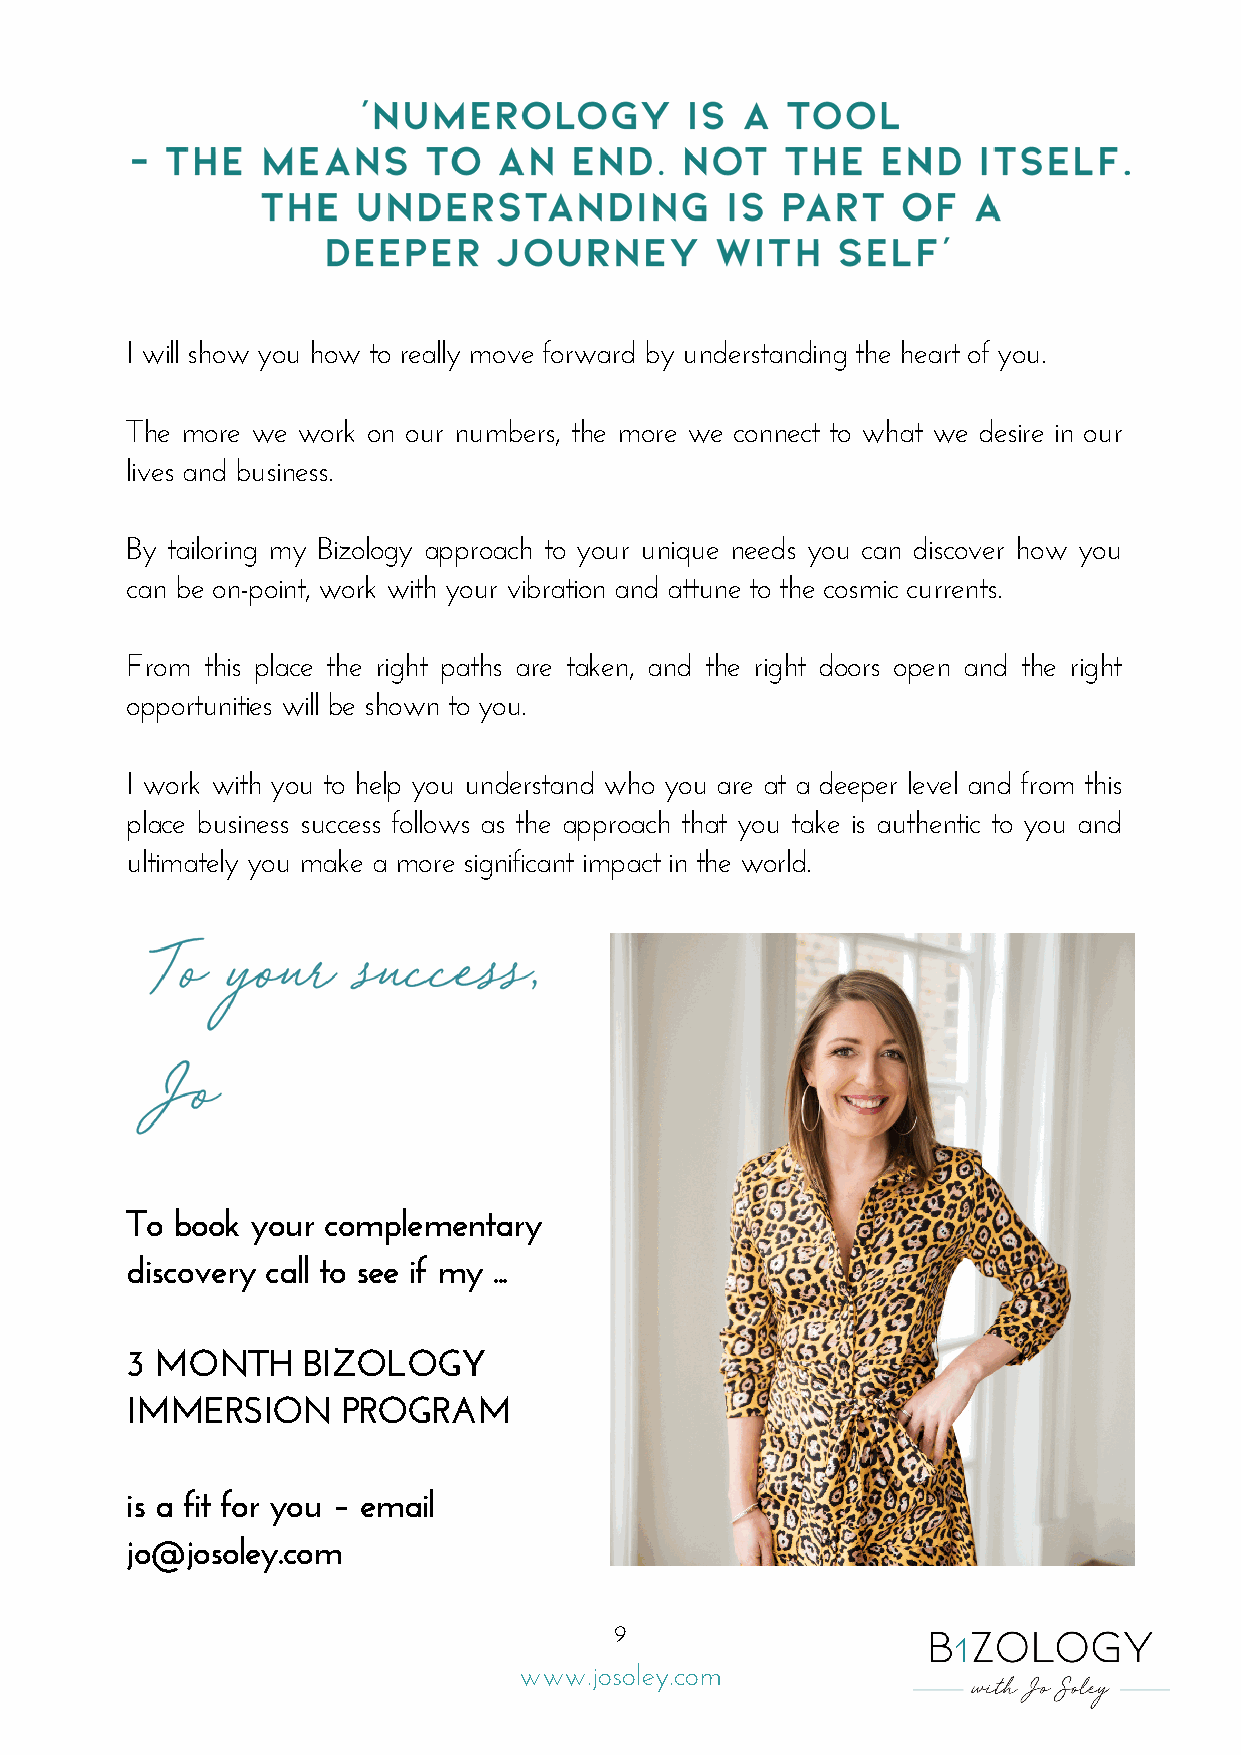
I will show you how to really move forward by understanding the heart of you.
 The more we work on our numbers, the more we connect to what we desire in our
 lives and business.
 By tailoring my Bizology approach to your unique needs you can discover how you
 can be on-point, work with your vibration and attune to the cosmic currents.
 From this place the right paths are taken, and the right doors open and the right
 opportunities will be shown to you.
 I work with you to help you understand who you are at a deeper level and from this
 place business success follows as the approach that you take is authentic to you and
 ultimately you make a more significant impact in the world.
 To book  your complementary
 discovery call to see if my ...
 3 MONTH     BIZOLOGY
 IMMERSION      PROGRAM
 is a fit for you – email
 jo@josoley.com
 9
 www.josoley.com